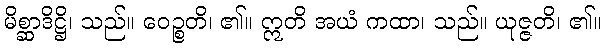
မိစ္ဆာဒိဋ္ဌိ၊ သည်။ ဝေဉ္စတိ၊ ၏။ ဣတိ အယံ ကထာ၊ သည်။ ယုဇ္ဇတိ၊ ၏။